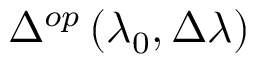
\Delta ^ { o p } \left( \lambda _ { 0 } , \Delta \lambda \right)